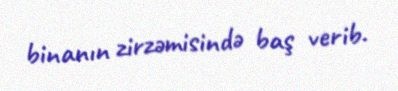
binanın zirzəmisində baş verib.